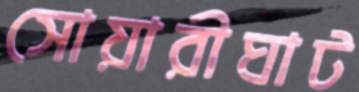
সোয়ারীঘাট